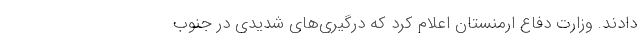
دادند. وزارت دفاع ارمنستان اعلام کرد که درگیری‌های شدیدی در جنوب